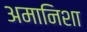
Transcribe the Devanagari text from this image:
अमानिशा